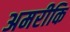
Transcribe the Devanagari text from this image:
अमरीकि